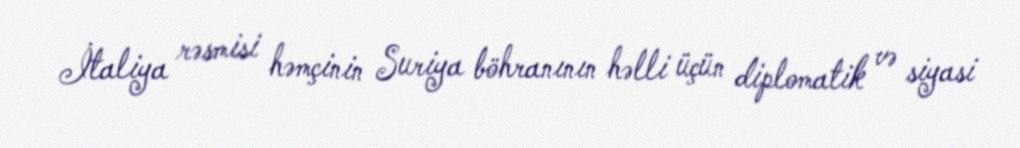
İtaliya rəsmisi həmçinin Suriya böhranının həlli üçün diplomatik və siyasi